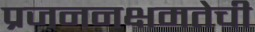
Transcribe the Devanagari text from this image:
प्रजननक्षमतेची